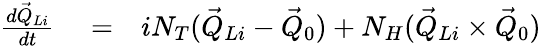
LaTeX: \begin{array}{rlr}{\frac{d\vec{Q}_{Li}}{dt}}&{{}=}&{iN_{T}(\vec{Q}_{Li}-\vec{Q}_{0})+N_{H}(\vec{Q}_{Li}\times\vec{Q}_{0})}\end{array}